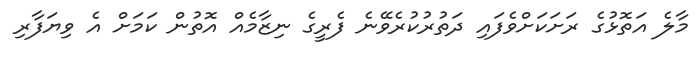
މާލެ އަތޮޅުގެ ރަށަކަށްވެފައި ދަތުރުކުރެވޭނެ ފެރީގެ ނިޒާމެއް އޮތުން ކަމަށް އެ ވިޔަފާރި